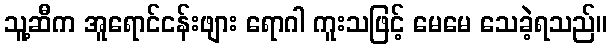
သူ့ဆီက အူရောင်ငန်းဖျား ရောဂါ ကူးသဖြင့် မေမေ သေခဲ့ရသည်။